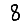
Digit: 8